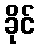
ခိုင်